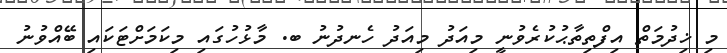
މި ޚިދުމަތް އިފްތިތާޙުކުރެވުނީ މިއަދު މިއަދު ހެނދުނު ބ. މާޅުހުގައި މިކަމަށްޓަކައި ބޭއްވުނު